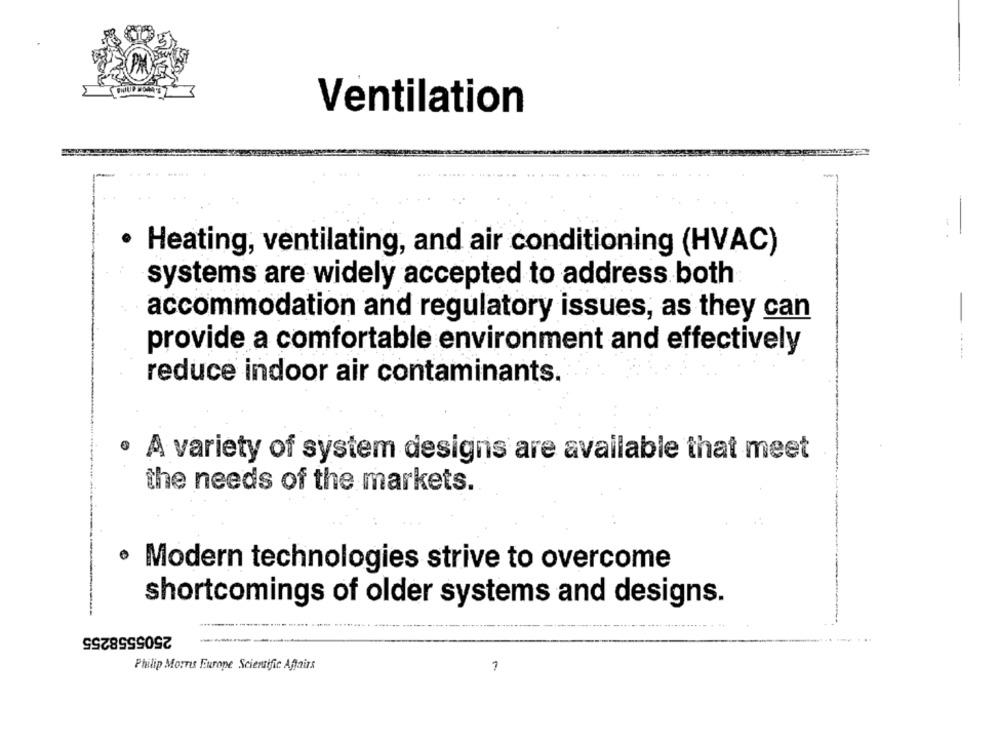
Ventilation
·
Heating, ventilating, and air conditioning (HVAC)
systems are widely accepted to address both
accommodation and regulatory issues, as they can
-
provide a comfortable environment and effectively
reduce indoor air contaminants.
· A variety of system designs are available that meet
the needs of the markets.
· Modern technologies strive to overcome
shortcomings of older systems and designs.
2505558255
Philip Morris Europe Scientific Affairs
7